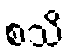
စသိ